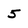
Character: 5